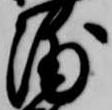
浦